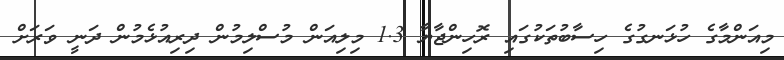
މިއަންމާގެ ހުޅަނގުގެ ހިސާބުތަކުގައި ރޮހިންޖާޔާ 1.3 މިލިއަން މުސްލިމުން ދިރިއުޅެމުން ދަނީ ވަރަށް